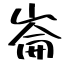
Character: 崙